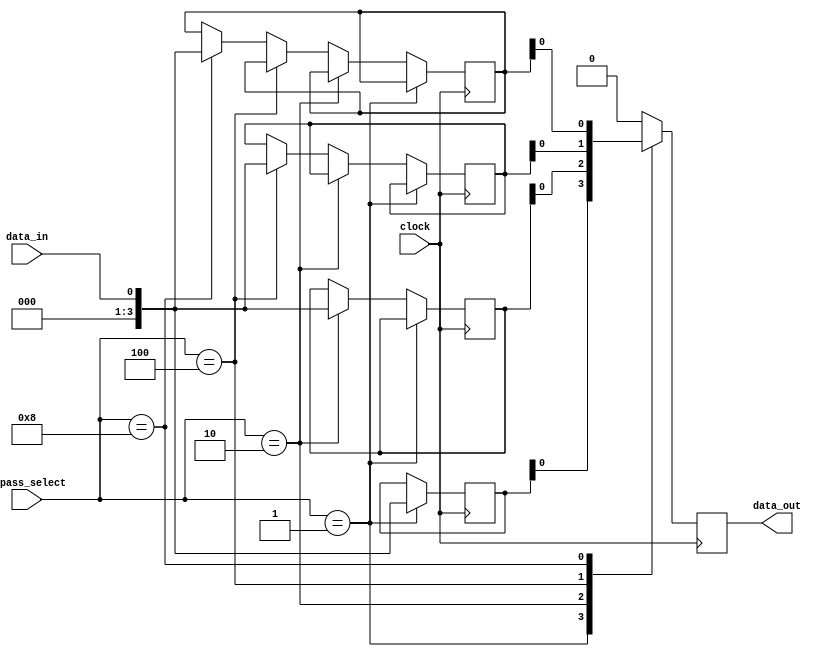
module bypass_register (
    input wire [3:0] bypass_select,
    input wire data_in,
    input wire clock,
    output reg data_out
);

reg [3:0] bypass_data [0:3];
reg [1:0] bypass_counter;

always @(posedge clock) begin
    if (bypass_select == 4'b0001) begin
        bypass_data[0] <= data_in;
    end else if (bypass_select == 4'b0010) begin
        bypass_data[1] <= data_in;
    end else if (bypass_select == 4'b0100) begin
        bypass_data[2] <= data_in;
    end else if (bypass_select == 4'b1000) begin
        bypass_data[3] <= data_in;
    end
end

always @(posedge clock) begin
    case (bypass_select)
        4'b0001: data_out <= bypass_data[0];
        4'b0010: data_out <= bypass_data[1];
        4'b0100: data_out <= bypass_data[2];
        4'b1000: data_out <= bypass_data[3];
        default: data_out <= 0;
    endcase
end

endmodule